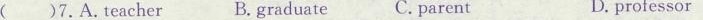
( )7.A.Teacher B.graduate C. Parent D. professor